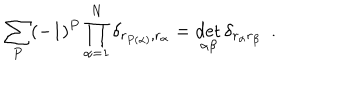
\sum _ { P } ( - 1 ) ^ { P } \prod _ { \alpha = 1 } ^ { N } \delta _ { r _ { P ( \alpha ) } , r _ { \alpha } } = \det _ { \alpha \beta } \delta _ { r _ { \alpha } r _ { \beta } } \ \ .